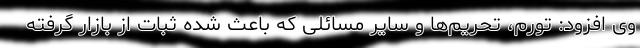
وی افزود: تورم، تحریم‌ها و سایر مسائلی که باعث شده ثبات از بازار گرفته